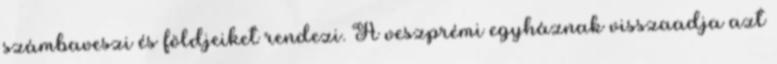
számbaveszi és földjeiket rendezi. A veszprémi egyháznak visszaadja azt